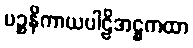
ပဉ္စနိကာယပါဠိအဋ္ဌကထာ